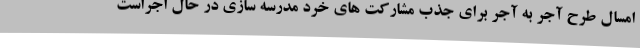
امسال طرح آجر به آجر برای جذب مشارکت های خرد مدرسه سازی در حال اجراست